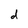
Character: d